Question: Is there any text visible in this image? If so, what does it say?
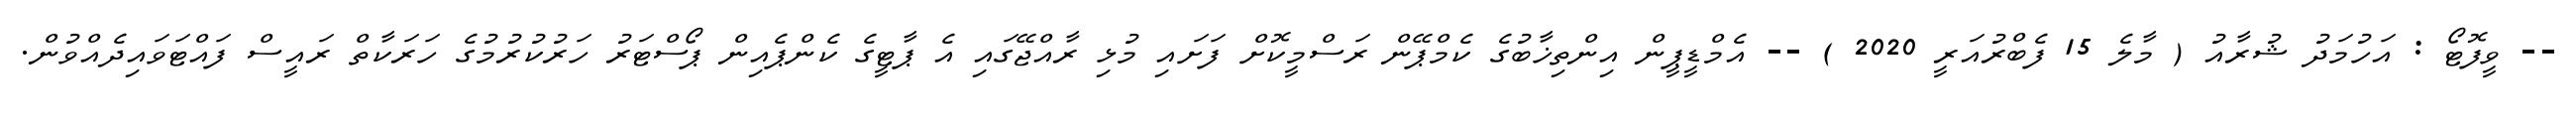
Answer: -- ވީފޮޓޯ : އަހުމަދު ޝުރާއު ( މާލެ 15 ފެބްރުއަރީ 2020 ) -- އެމްޑީޕީން އިންތިޚާބުގެ ކެމްޕޭން ރަސްމީކޮށް ފަށައި މުޅި ރާއްޖޭގައި އެ ޕާޓީގެ ކެންޕެއިން ޕޯސްޓަރު ހަރުކުރުމުގެ ހަރަކާތް ރައީސް ފައްޓަވައިދެއްވުން.